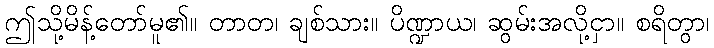
ဤသို့မိန့်တော်မူ၏။ တာတ၊ ချစ်သား။ ပိဏ္ဍာယ၊ ဆွမ်းအလို့ငှာ။ စရိတွာ၊